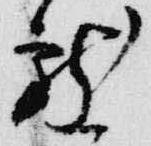
龍